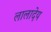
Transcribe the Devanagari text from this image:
लालादेय